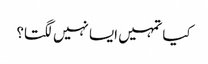
کیا تمہیں ایسا نہیں لگتا؟